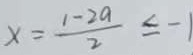
x = \frac { 1 - 2 a } { 2 } \leq - 1